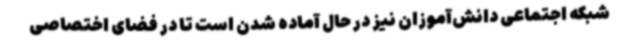
شبکه اجتماعی دانش‌آموزان نیز در حال آماده شدن است تا در فضای اختصاصی